Civil Veterinary Department Bengal reports 1923-33 - 1923-1933
Year: 1923
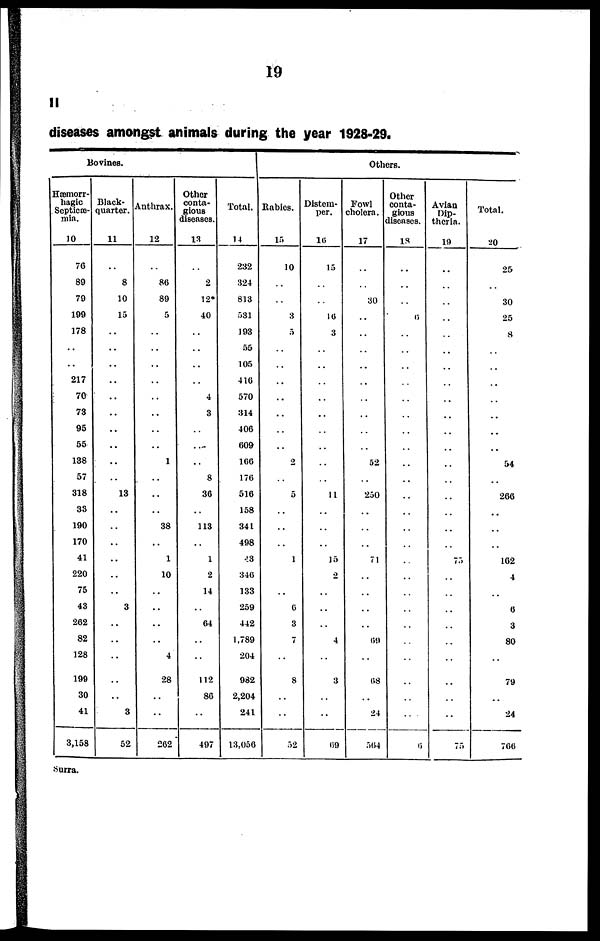
19
II
diseases amongst animals during the year 1928-29.
Bovines.
Hæmorr-
hagic
Septicæ-
mia.
10
70
89
79
199
178
..
..
217
70
78
95
55
138
57
318
33
190
170
41
220
75
43
262
82
128
199
30
41
3,158
Black-
quarter.
11
..
8
10
15
..
..
..
..
..
..
..
..
..
..
13
..
..
..
..
..
..
3
..
..
..
..
..
3
52
Anthrax.
12
..
86
89
5
..
..
..
..
..
..
..
..
1
..
..
..
38
..
1
10
..
..
..
..
4
28
..
..
262
Other
Conta-
gious
diseases.
13
..
2
12*
40
..
..
..
..
4
3
..
..
..
8
36
..
113
..
1
2
14
..
64
..
..
112
86
..
497
Total.
14
232
324
813
531
493
55
105
416
570
314
406
609
166
170
516
158
344
498
43
346
133
259
442
1,789
204
982
2,204
241
13,056
Others.
Rabics.
15
10
..
..
3
5
..
..
..
..
..
..
..
2
..
5
..
..
..
1
..
..
6
3
7
..
8
..
..
52
Distem-
per.
16
15
..
..
16
3
..
..
..
..
..
..
..
..
..
11
..
..
..
15
2
..
..
..
4
..
3
..
..
69
Fowl
cholera.
17
..
..
30
..
..
..
..
..
..
..
..
..
52
..
250
..
..
..
71
..
..
..
..
69
..
68
..
24
564
Other
conta-
gious
diseases.
18
..
..
..
6
..
..
..
..
..
..
..
..
..
..
..
..
..
..
..
..
..
..
..
..
..
..
..
..
6
Avian
Dip-
theria.
19
..
..
..
..
..
..
..
..
..
..
..
..
..
..
..
..
..
..
75
..
..
..
..
..
..
..
..
..
75
Total.
20
25
30
25
8
..
..
..
..
..
..
..
54
..
266
..
..
..
162
4
..
6
3
80
..
79
..
24
700
surra.